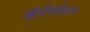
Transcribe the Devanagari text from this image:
कंपेन्सेशन